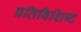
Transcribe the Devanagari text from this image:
प्रतिविशिष्ट